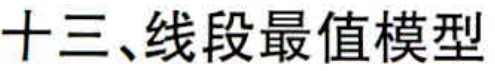
十三、线段最值模型